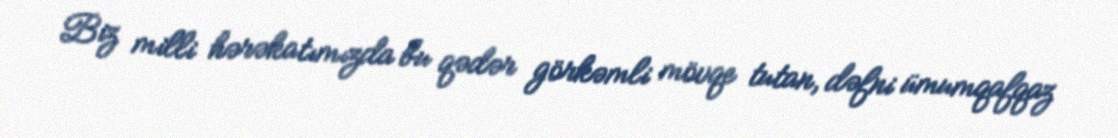
Biz milli hərəkatımızda bu qədər görkəmli mövqe tutan, dəfni ümumqafqaz